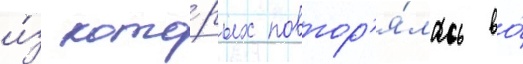
и́з кото́рых повтор'я́лась во́